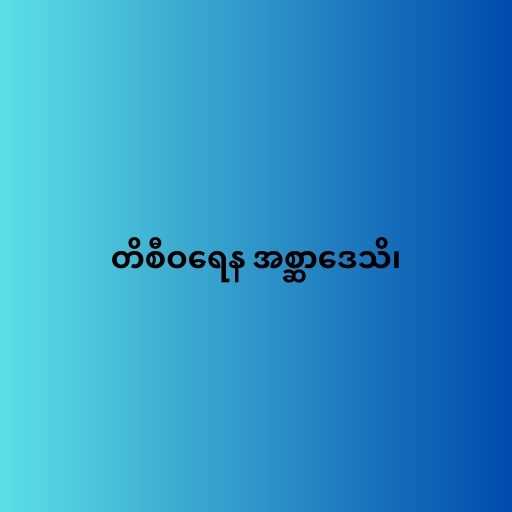
တိစီဝရေန အစ္ဆာဒေသိ၊